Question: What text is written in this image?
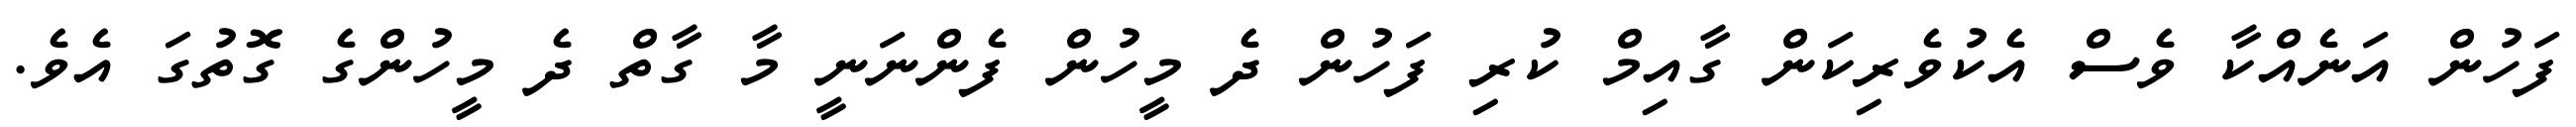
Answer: ފަހުން އަނެއްކާ ވެސް އެކުވެރިކަން ގާއިމް ކުރި ފަހުން ދެ މީހުން ފެންނަނީ މާ ގާތް ދެ މީހުންގެ ގޮތުގަ އެވެ.